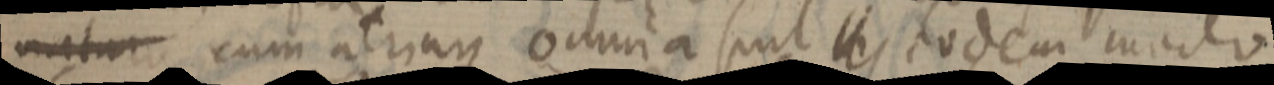
naturo cum atriaque omnia sunt _ eodem modo